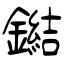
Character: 鐑